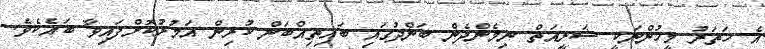
އެ ހަތަރު މީހުންނަކީ ޝަރީއަތް ނިމެންދެން ބަންދުގައި ބައިތިއްބަން ކުރިން އަމުރުކޮށްފައިވާ ބައެކެވެ.